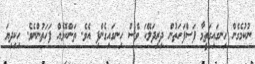
ނުކުމެގެން ހިނގައިގަތީމާ ފަސްފަހަތުން ދިރިދަލޭކަ ވެސް ހިނގައިގެންފި އެވެ. ތަންކޮޅެއް ފަހަތުންނެވެ. ހިކިދިޔަ